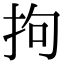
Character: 拘